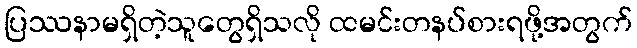
ပြဿနာမရှိတဲ့သူတွေရှိသလို ထမင်းတနပ်စားရဖို့အတွက်